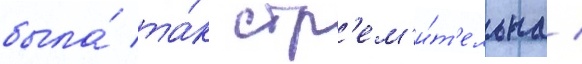
была́ та́к стр'ем'и́т'ельна /